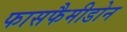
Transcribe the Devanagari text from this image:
फासफैमीडोन